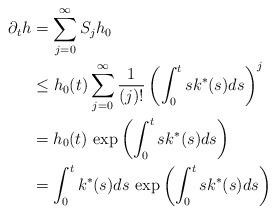
LaTeX: \begin{align*}\partial_t h &=\sum_{j=0}^\infty S_j h_0\\& \le h_0(t)\sum_{j=0}^\infty\frac{1}{(j)!} \left(\int_0^t s k^*(s)ds\right)^{j}\\&=h_0(t)\, \exp\left(\int_0^t s k^*(s)ds\right)\\&=\int_0^t k^*(s)ds \,\exp\left(\int_0^t s k^*(s)ds\right)\end{align*}